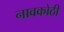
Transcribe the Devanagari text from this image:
नावकोठी